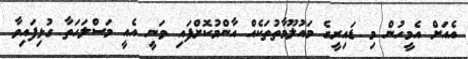
އެއަށް އެމީހުން މި ޑައިރީގެ މައުލޫމާތުތަކެއް އާންމުކޮށްފައި ވަނީ އެއީ މަސްލަހަތާ ގުޅިފައިވާ